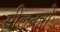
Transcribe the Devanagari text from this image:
सीलनत्रो